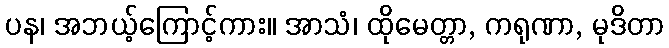
ပန၊ အဘယ့်ကြောင့်ကား။ အာသံ၊ ထိုမေတ္တာ, ကရုဏာ, မုဒိတာ